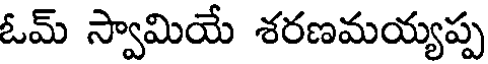
ఓమ్ స్వామియే శరణమయ్యప్ప